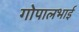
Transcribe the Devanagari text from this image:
गोपालभाई